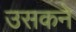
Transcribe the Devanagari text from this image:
उसकने